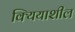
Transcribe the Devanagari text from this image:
क्यियाशील